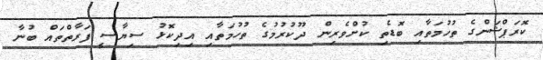
ކޮރަޕްޝަންގެ ތުހުމަތާއި ބޮޑެތި ކުށްވެރިން ދޫކުރުމުގެ ތުހުމަތާއި އިދިކޮޅު ސިޔާސީ ފަރާތްތައް ބުނާ